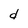
Character: d